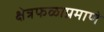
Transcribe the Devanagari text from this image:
क्षेत्रफळाप्रमाणे